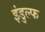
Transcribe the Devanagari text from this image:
इंडुल्फ